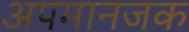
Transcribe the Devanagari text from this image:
अपमानजक